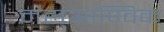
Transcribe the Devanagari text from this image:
महा्आण्विक